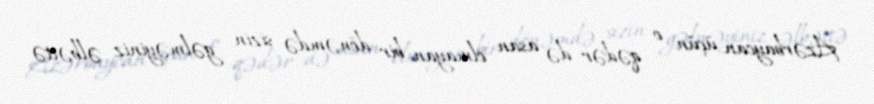
Azərbaycan üçün o qədər də asan olmayan bir dönəmdə sizin gəlməyiniz əlbəttə